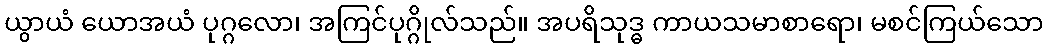
ယွာယံ ယောအယံ ပုဂ္ဂလော၊ အကြင်ပုဂ္ဂိုလ်သည်။ အပရိသုဒ္ဓ ကာယသမာစာရော၊ မစင်ကြယ်သော